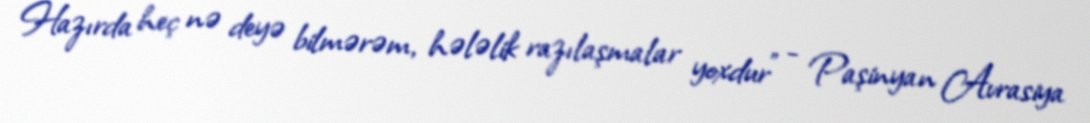
Hazırda heç nə deyə bilmərəm, hələlik razılaşmalar yoxdur” - Paşinyan Avrasiya